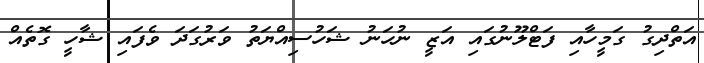
އަތްދިގު ގަމީހާއި ފަޓްލޫނުގައި އަޒީ ނުހަނު ޝަހުސިއްޔަތު ވަރުގަދަ ވެފައި ޝާހީ ގޮތެއް